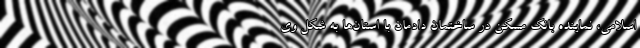
اسلامی، نماینده بانک مسکن در ساختمان دادمان با استان‌ها به شکل وی